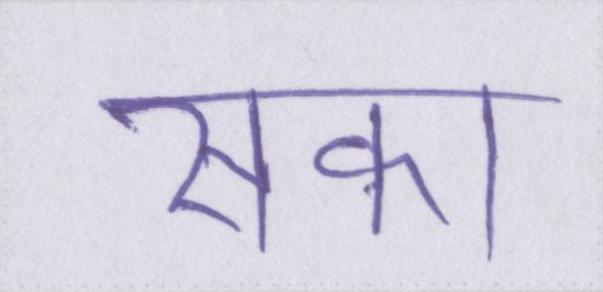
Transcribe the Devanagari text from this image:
सका